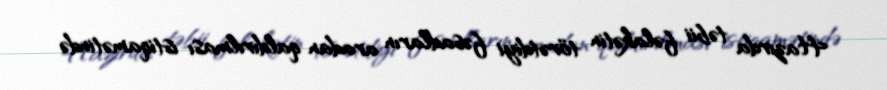
Hazırda təbii fəlakətin törətdiyi fəsadların aradan qaldırılması istiqamətində